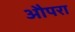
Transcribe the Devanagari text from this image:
औपरा